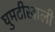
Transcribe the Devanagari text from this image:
घुमटीखाली